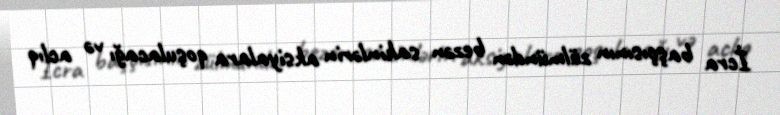
İcra başçısının zülmündən bezən sakinlərin aksiyalara qoşulacağı və aclıq